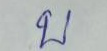
บ